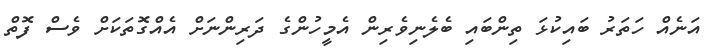
އަނެއް ހަތަރު ބައިކުޅަ ތިންބައި ބެލެނިވެރިން އެމީހުންގެ ދަރިންނަށް އެއްގޮތަކަށް ވެސް ފޮތް